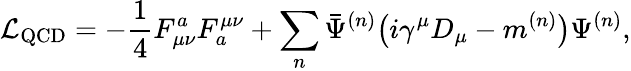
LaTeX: {\cal L}_{\mathrm{QCD}}=-\frac{1}{4}F_{\mu\nu}^{a}F_{a}^{\mu\nu}+\sum_{n}\bar{\Psi}^{(n)}\big(i\gamma^{\mu}D_{\mu}-m^{(n)}\big)\Psi^{(n)},